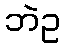
ဘဲဥ